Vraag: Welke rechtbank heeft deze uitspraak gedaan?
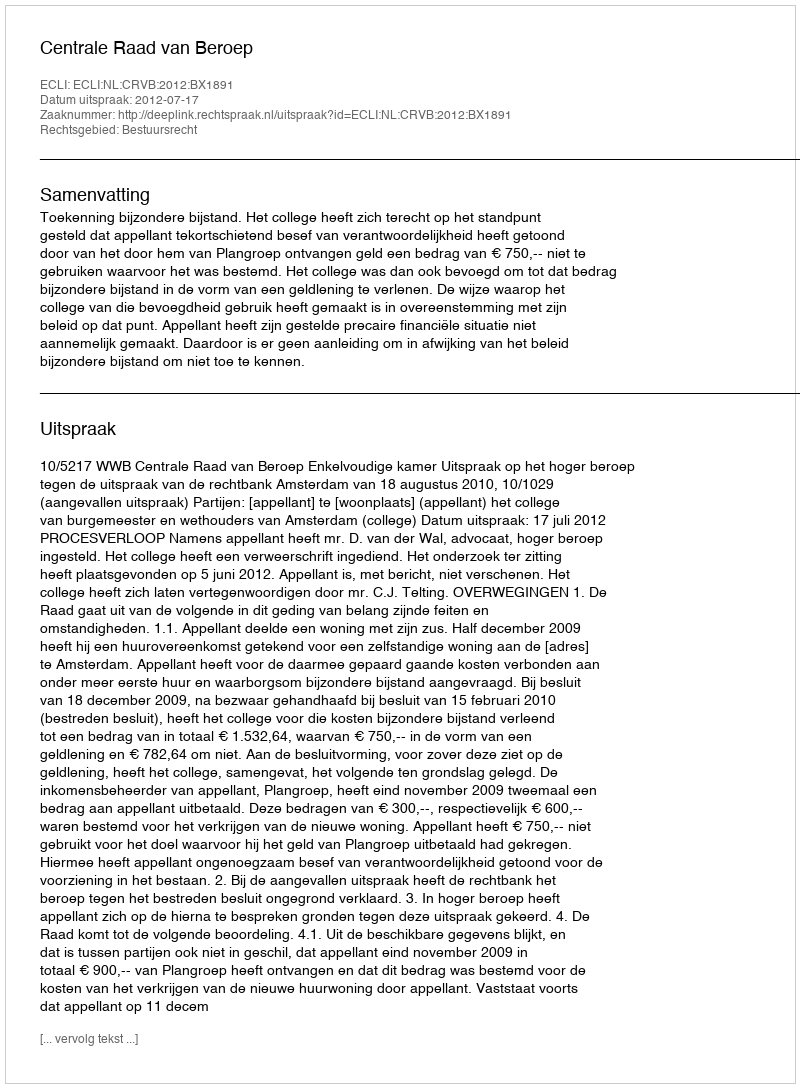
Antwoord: Centrale Raad van Beroep